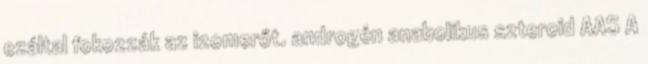
ezáltal fokozzák az izomerőt. androgén anabolikus szteroid AAS A